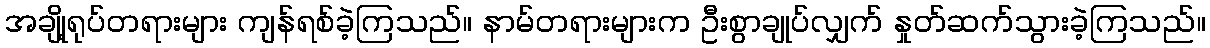
အချို့ရုပ်တရားများ ကျန်ရစ်ခဲ့ကြသည်။ နာမ်တရားများက ဦးစွာချုပ်လျှက် နှုတ်ဆက်သွားခဲ့ကြသည်။